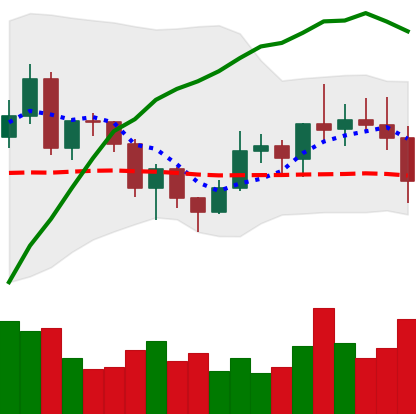
Ticker: NEO-USD
Chart end date: 2020-12-21
Forward return: -9.993%
Label: down_7plus